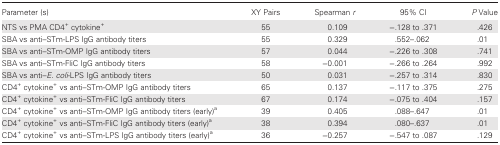
| Parameter (s) | XY Pairs | Spearman r | 95% CI | P Value |
 | --- | --- | --- | --- | --- |
 | NTS vs PMA CD4+ cytokine+ | 55 | 0.109 | −.128 to .371 | .426 |
 | SBA vs anti–STm-LPS IgG antibody titers | 55 | 0.329 | .552–.062 | .01 |
 | SBA vs anti–STm-OMP IgG antibody titers | 57 | 0.044 | −.226 to .308 | .741 |
 | SBA vs anti–STm-FliC IgG antibody titers | 58 | −0.001 | −.266 to .264 | .992 |
 | SBA vs anti–E. coli-LPS IgG antibody titers | 50 | 0.031 | −.257 to .314 | .830 |
 | CD4+ cytokine+ vs anti–STm-OMP IgG antibody titers | 65 | 0.137 | −.117 to .375 | .275 |
 | CD4+ cytokine+ vs anti–STm-FliC IgG antibody titers | 67 | 0.174 | −.075 to .404 | .157 |
 | CD4+ cytokine+ vs anti–STm-OMP IgG antibody titers (early)a | 39 | 0.405 | .088–.647 | .01 |
 | CD4+ cytokine+ vs anti–STm-FliC IgG antibody titers (early)a | 38 | 0.394 | .080–.637 | .01 |
 | CD4+ cytokine+ vs anti–STm-LPS IgG antibody titers (early)a | 36 | −0.257 | −.547 to .087 | .129 |